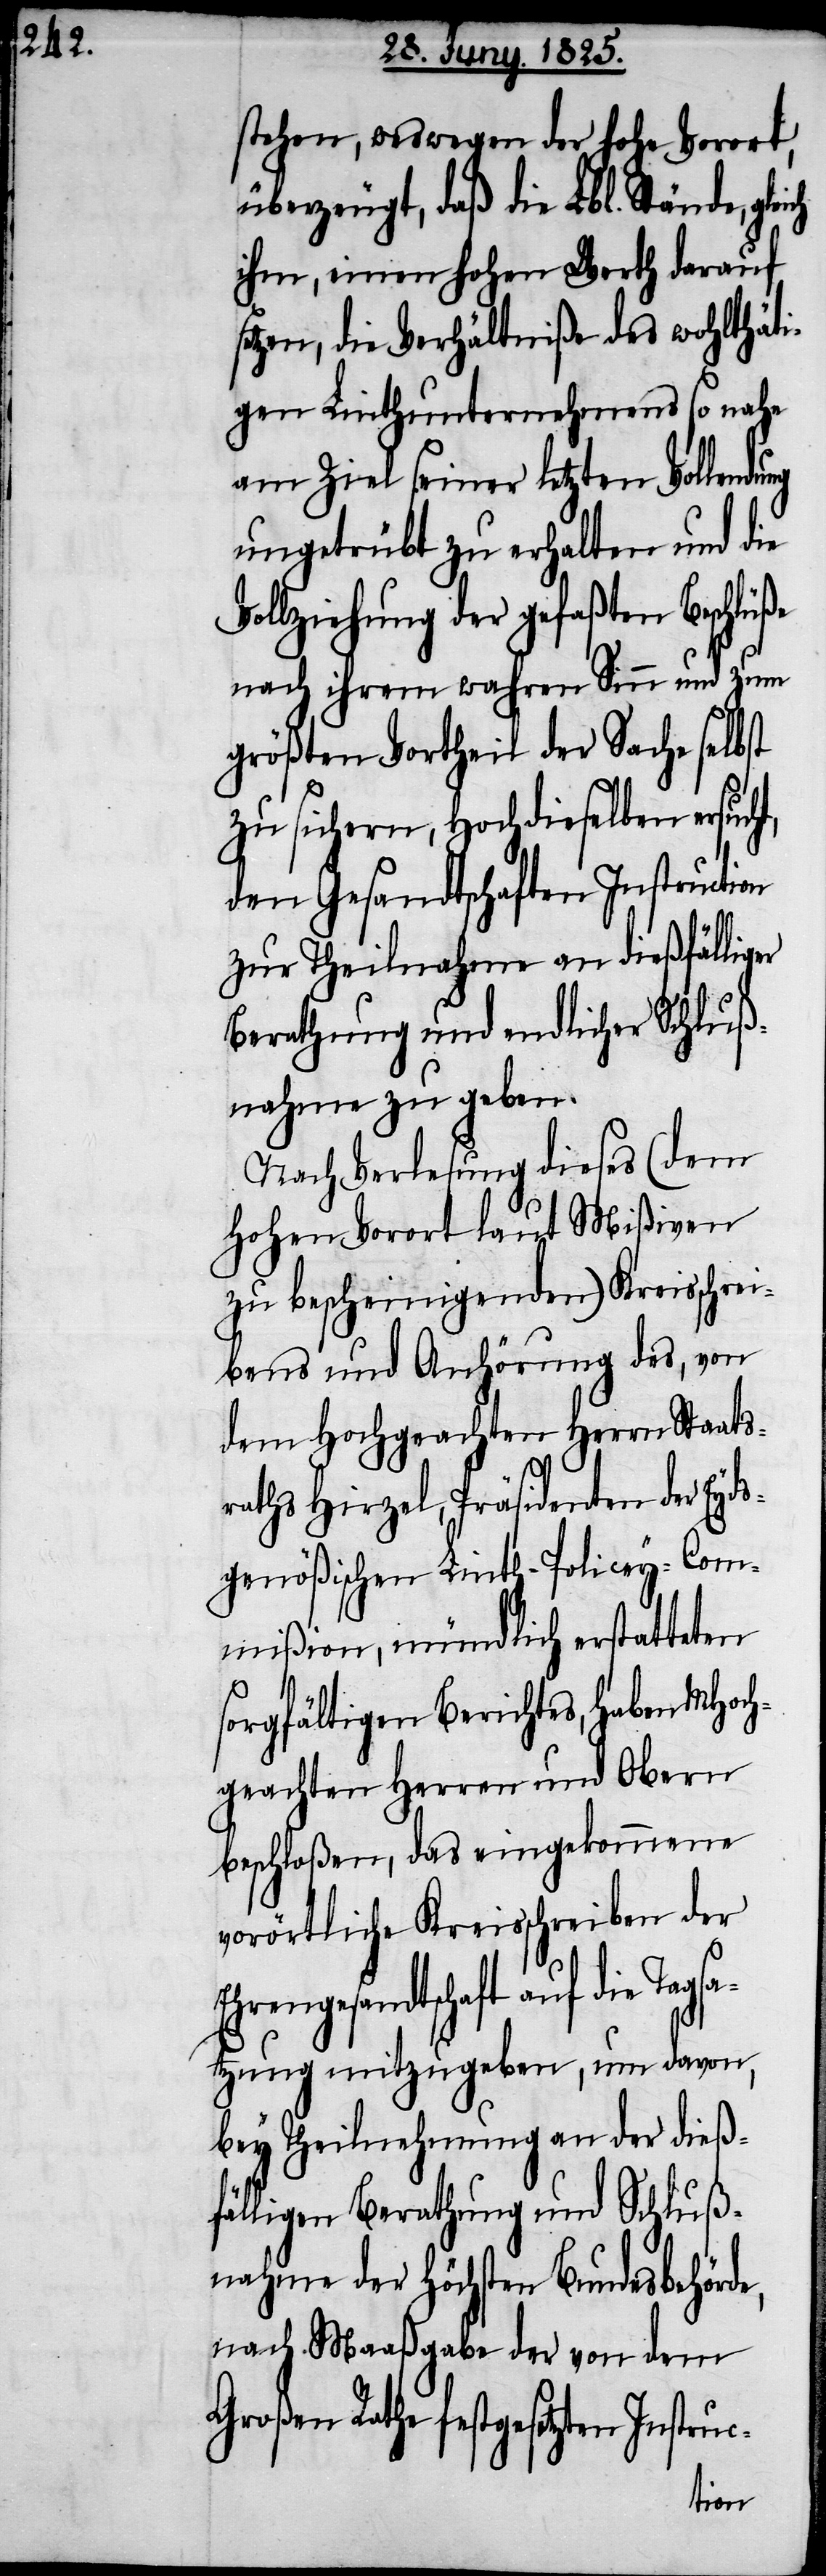
Tagsa¬

stehen, weswegen der hohe Vorort,
überzeugt, daß die Lbl. Stände,
ihm, einen hohen Werth darauf
setzen, die Verhältniße des wohlthäti¬
gen Linthunternehmens so nahe
am Ziel seiner letzten Vollendung
ungetrübt zu erhalten und die
Vollziehung der gefaßten Beschl¬
nach ihrem wahren Sinn und zum
größten Vortheil der Sache selbst
zu sichern, Hochdieselben ersucht,
den Gesandtschaften Instruction
zur Theilnahme an dießfälliger
Berathung und endlicher Schluß¬
nahme zu geben.
Nach Verlesung dieses (dem
Hohen Vorort laut Mißiven
zu bescheinigenden) Kreisschrei¬
bens und Anhörung des, von
dem Hochgeachten Herrn Staats¬
raths Hirzel, Präsidenten der Eyd¬
sgenößischen Linth-Policey-Com¬
mißion, mündlich erstatteten
sorgfältigen Berichtes, haben MHoch¬
geachten Herren und Obern
beschloßen, das eingekommene
vorörtliche Kreisschreiben der
Ehrengesandtschaft auf die
tzung mitzugeben, um davon,
bey Theilnehmung an der dießf¬
älligen Berathung und Schluß¬
nahme der höchsten Bundesbehörde,
nach Maaßgabe der von dem
Großen Rathe festgesetzten Instruc-